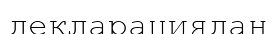
декларациядан